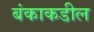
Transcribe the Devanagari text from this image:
बंकाकडील